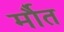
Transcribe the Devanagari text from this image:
र्मौत